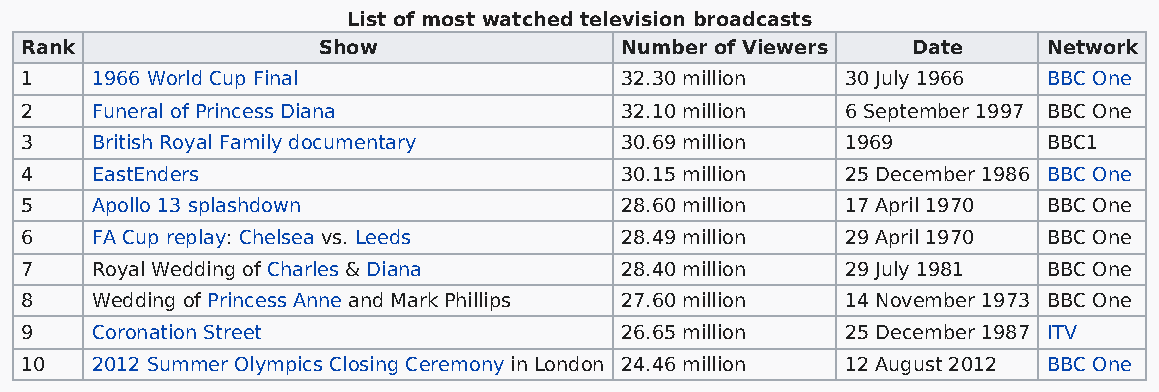
List of most watched television broadcasts
 Rank                Show                Number of Viewers  Date     Network
 1    1966 World Cup Final               32.30 million  30 July 1966 BBC One
 2    Funeral of Princess Diana          32.10 million  6 September 1997 BBC One
 3    British Royal Family documentary   30.69 million  1969         BBC1
 4    EastEnders                         30.15 million  25 December 1986 BBC One
 5    Apollo 13 splashdown               28.60 million  17 April 1970 BBC One
 6    FA Cup replay: Chelsea vs. Leeds   28.49 million  29 April 1970 BBC One
 7    Royal Wedding of Charles & Diana   28.40 million  29 July 1981 BBC One
 8    Wedding of Princess Anne and Mark Phillips 27.60 million 14 November 1973 BBC One
 9    Coronation Street                  26.65 million  25 December 1987 ITV
 10   2012 Summer Olympics Closing Ceremony in London 24.46 million 12 August 2012 BBC One